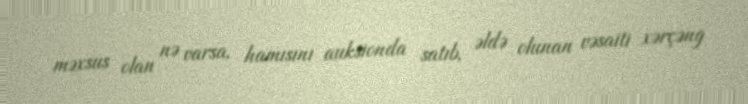
məxsus olan nə varsa, hamısını auksionda satıb, əldə olunan vəsaiti xərçəng